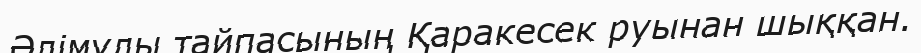
Әлімұлы тайпасының Қаракесек руынан шыққан.